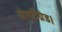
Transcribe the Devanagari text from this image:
सेण्टीग्रेड।